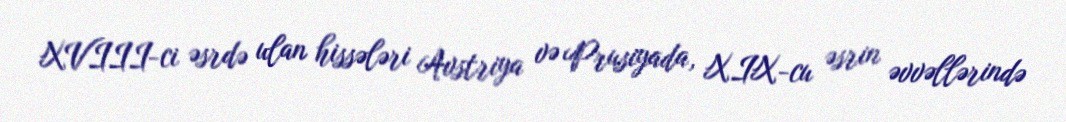
XVIII-ci əsrdə ulan hissələri Avstriya və Prusiyada, XIX-cu əsrin əvvəllərində